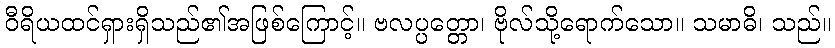
ဝီရိယထင်ရှားရှိသည်၏အဖြစ်ကြောင့်။ ဗလပ္ပတ္တော၊ ဗိုလ်သို့ရောက်သော။ သမာဓိ၊ သည်။